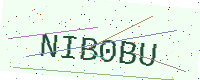
Text: NIB0BU